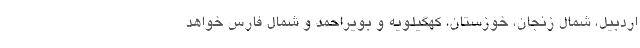
اردبیل، شمال زنجان، خوزستان، کهگیلویه‌ و بویراحمد و شمال فارس خواهد